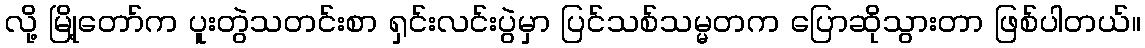
လို့ မြို့တော်က ပူးတွဲသတင်းစာ ရှင်းလင်းပွဲမှာ ပြင်သစ်သမ္မတက ပြောဆိုသွားတာ ဖြစ်ပါတယ်။